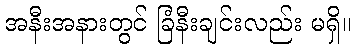
အနီးအနားတွင် ခြံနီးချင်းလည်း မရှိ။